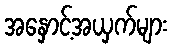
အနှောင့်အယှက်များ